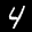
Label: 4